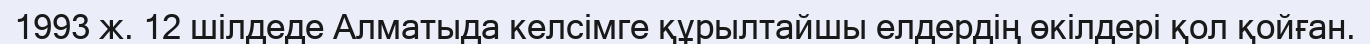
1993 ж. 12 шілдеде Алматыда келсімге құрылтайшы елдердің өкілдері қол қойған.